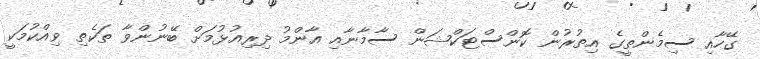
ގޭހާއި ސިމެންތީގެ އިތުރުން ކޮންސްޓަކްޝަން ސާމާނާއި އާންމު ދިރިއުޅުމަށް ބޭނުންވާ ތަކެތި ވިއްކުމަކީ